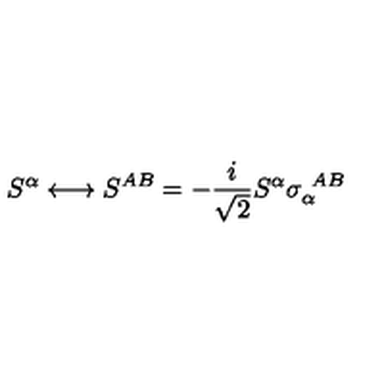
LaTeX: S ^ { \alpha } \longleftrightarrow S ^ { A B } = - \frac { i } { \sqrt 2 } S ^ { \alpha } \sigma _ { \alpha } ^ { \ A B } \label j